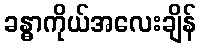
ခန္ဓာကိုယ်အလေးချိန်